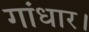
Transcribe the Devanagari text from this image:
गांधार।